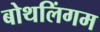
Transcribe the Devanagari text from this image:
बोथलिंगम